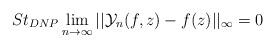
LaTeX: \begin{align*} St_{DNP}\lim_{n\rightarrow \infty}||\mathcal{Y}_{n}(f,z)-f(z)||_{\infty}=0 \end{align*}